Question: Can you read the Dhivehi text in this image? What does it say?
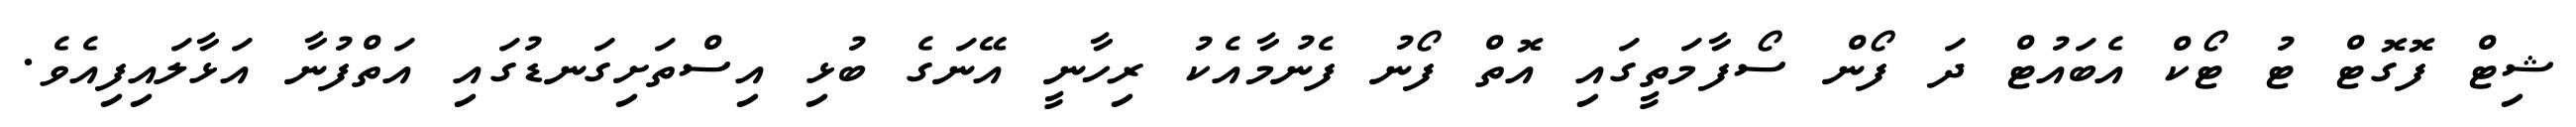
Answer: ޝިޓް ފޮގޮޓް ޓު ޓޯކް އެބައުޓް ދަ ފޯން ސޯފާމަތީގައި އޮތް ފޯނު ފެނުމާއެކު ރިހާނީ އޭނަގެ ބުޅި އިސްތަށިގަނޑުގައި އަތްފުނާ އަޅާލައިފިއެވެ.